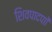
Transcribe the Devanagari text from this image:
शिवपादपाों